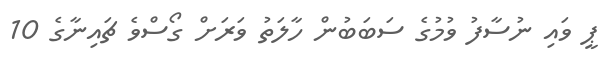
ޕީ ވައި ނުސާފު ވުމުގެ ސަބަބުން ހާލަތު ވަރަށް ގޯސްވެ ޗައިނާގެ 10